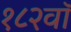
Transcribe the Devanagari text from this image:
१८२वॉ